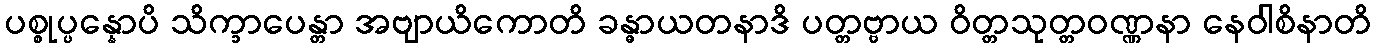
ပစ္စုပ္ပန္နောပိ သိက္ခာပေန္တာ အဗျာယိကောတိ ခန္ဓာယတနာဒိ ပတ္တဗ္ဗာယ ဝိတ္တသုတ္တဝဏ္ဏနာ နေဝါစိနာတိ